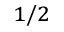
^ { 1 / 2 }